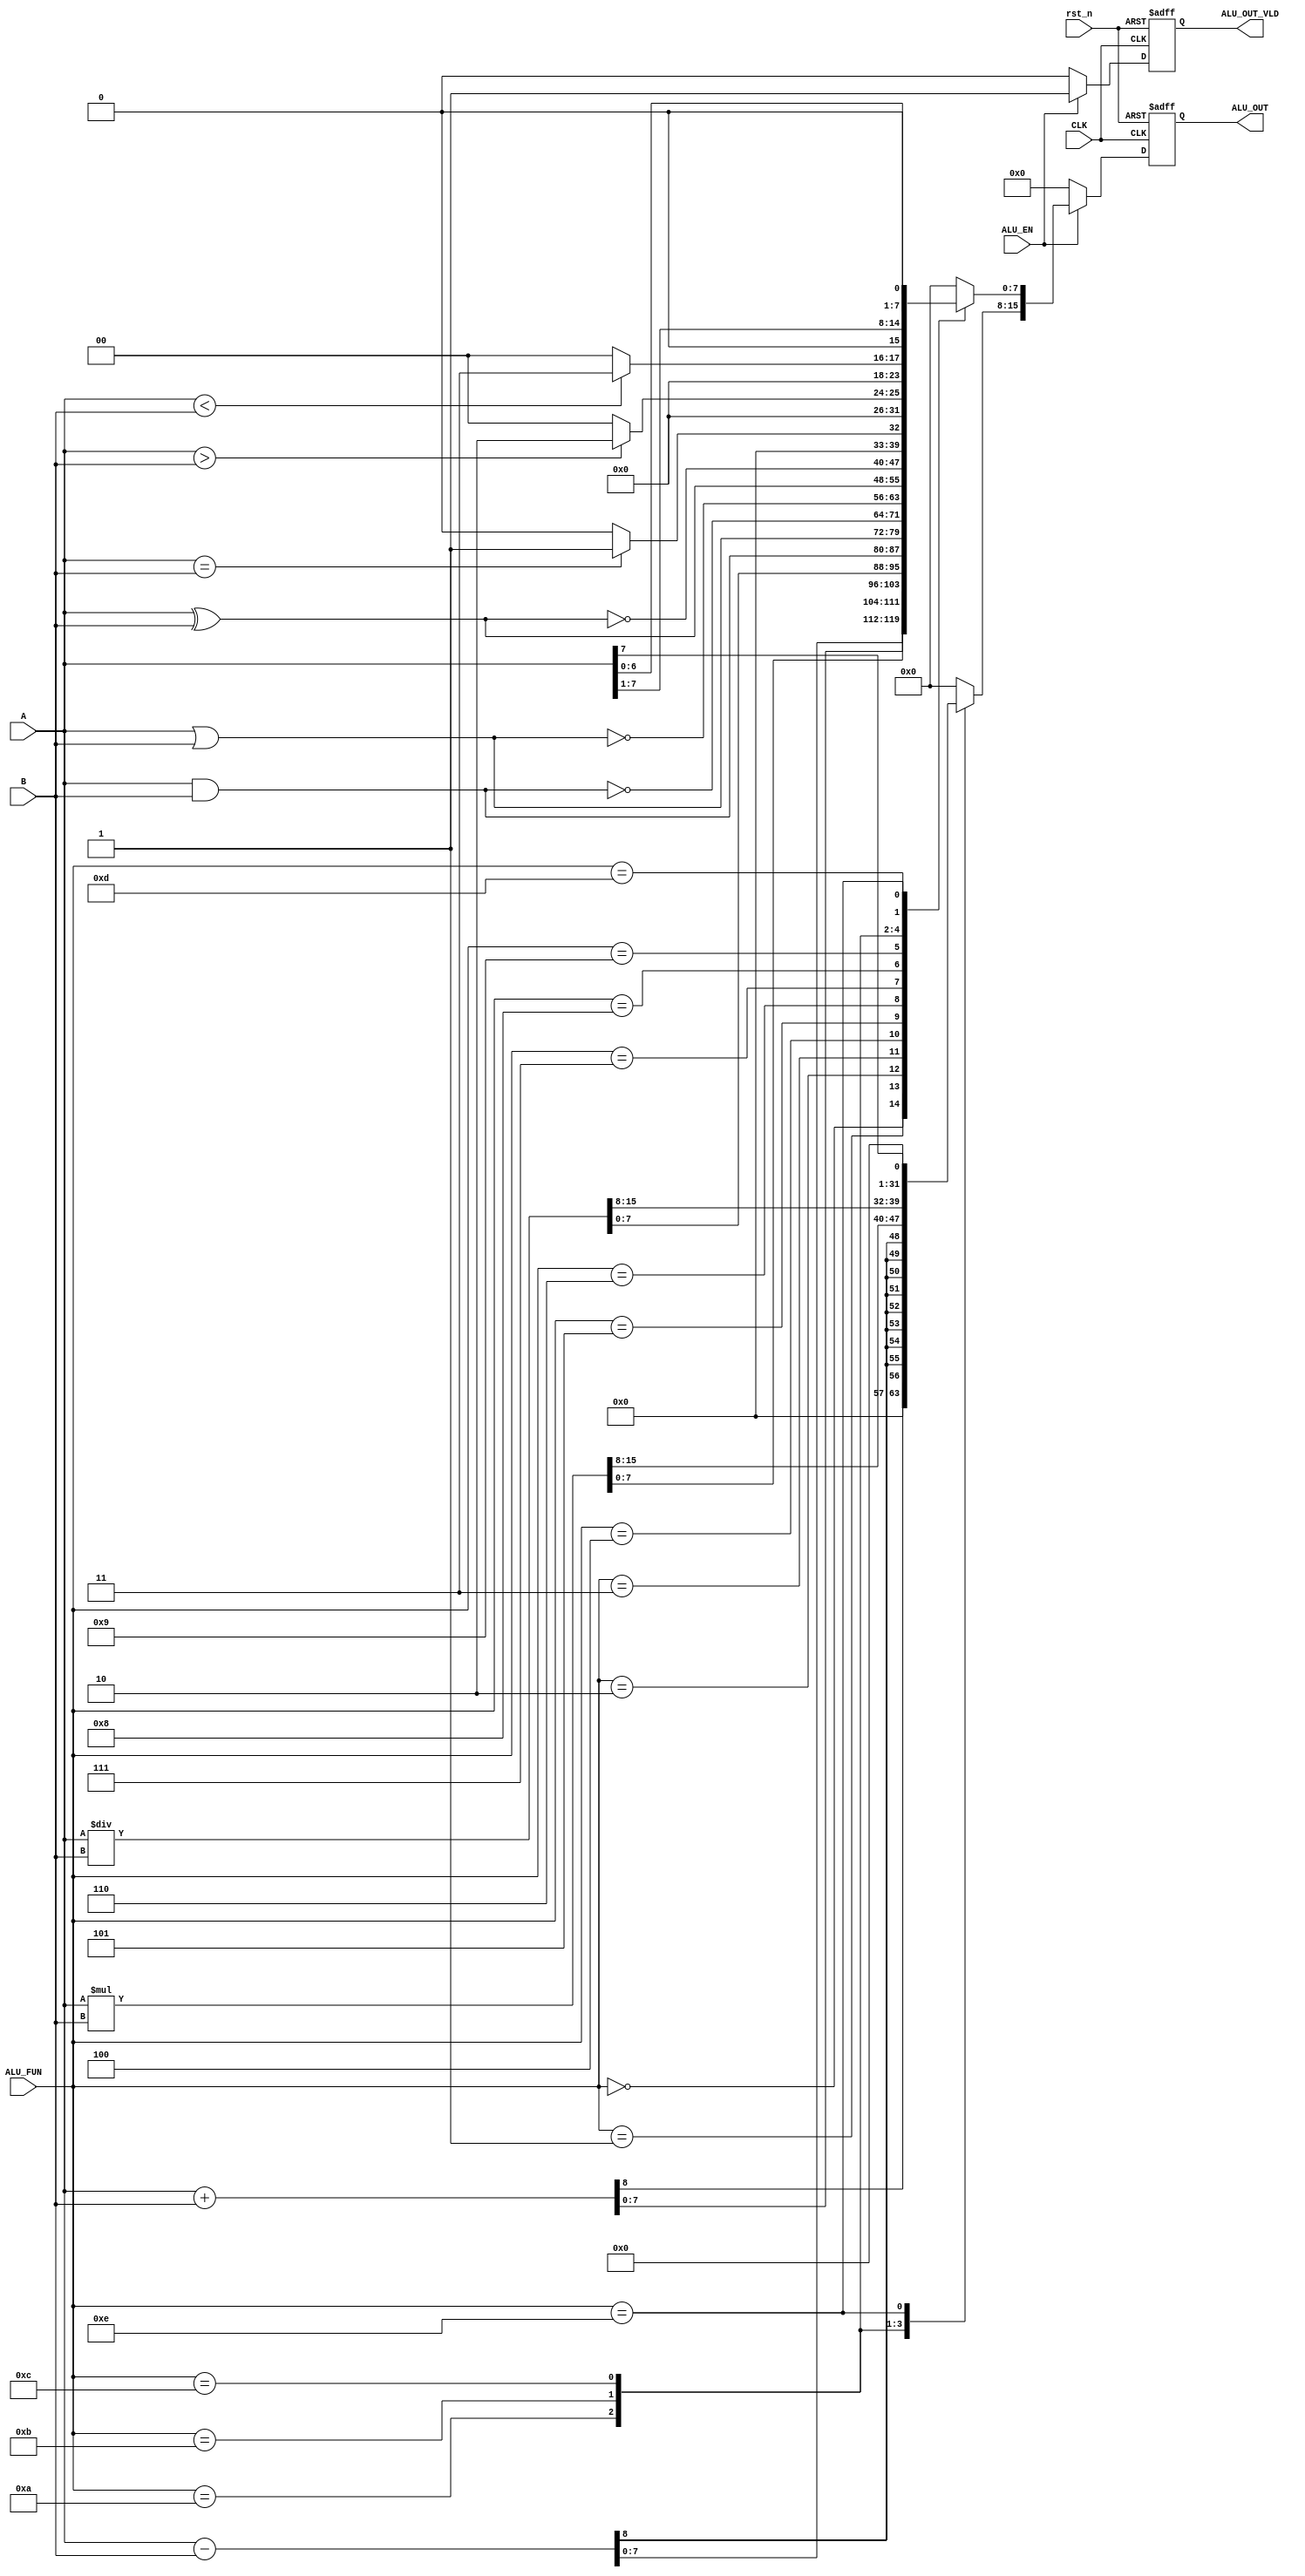
module ALU
#(
	parameter IN_WIDTH  = 8,
    parameter OUT_WIDTH = IN_WIDTH*2
)
(
	input  wire          	    CLK,
	input  wire				    rst_n,
	input  wire				    ALU_EN,
	input  wire [IN_WIDTH-1:0]  A,
	input  wire [IN_WIDTH-1:0]  B,
	input  wire [3:0] 		    ALU_FUN,
	output reg  [OUT_WIDTH-1:0] ALU_OUT,
	output reg 				    ALU_OUT_VLD
);

reg [OUT_WIDTH-1:0] ALU_result;
reg 			  	ALU_VLD_COMP;

always @(posedge CLK , negedge rst_n) begin

	if (!rst_n) begin
	
		ALU_OUT 	<= 16'b0;
		ALU_OUT_VLD <= 1'b0;

	end
	else begin
		
		ALU_OUT 	<= ALU_result;
		ALU_OUT_VLD <= ALU_VLD_COMP;

	end

end 

always @(*) begin

	if (ALU_EN) begin
		
		ALU_result = 16'h0000;
		ALU_VLD_COMP = 1;

		case (ALU_FUN)

			4'b0000 : begin  ALU_result = A + B; 				       end
			4'b0001 : begin  ALU_result = A - B;  				       end
			4'b0010 : begin  ALU_result = A * B;				       end
			4'b0011 : begin  ALU_result = A / B;				       end

			4'b0100 : begin  ALU_result[(OUT_WIDTH/2)-1:0] = A & B;	   end
			4'b0101 : begin  ALU_result[(OUT_WIDTH/2)-1:0] = A | B;	   end
			4'b0110 : begin  ALU_result[(OUT_WIDTH/2)-1:0] = ~(A & B); end
			4'b0111 : begin  ALU_result[(OUT_WIDTH/2)-1:0] = ~(A | B); end
			4'b1000 : begin  ALU_result[(OUT_WIDTH/2)-1:0] = A ^ B;	   end
			4'b1001 : begin  ALU_result[(OUT_WIDTH/2)-1:0] = ~(A ^ B); end

			4'b1010 : begin  ALU_result = (A == B)? 16'h0001:16'h0000; end
			4'b1011 : begin  ALU_result = (A > B)?  16'h0002:16'h0000; end
			4'b1100 : begin  ALU_result = (A < B)?  16'h0003:16'h0000; end
				
			4'b1101 : begin  ALU_result = A >> 1; 				   	   end
			4'b1110 : begin  ALU_result = A << 1; 				   	   end

			default : begin  ALU_result = 16'h0000; 			   	   end

		endcase 

	end
	else begin
		
		ALU_result = 16'h0000;
		ALU_VLD_COMP = 1'b0;

	end

end

endmodule